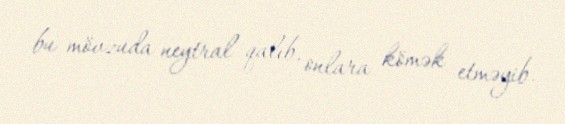
bu mövzuda neytral qalıb, onlara kömək etməyib.